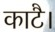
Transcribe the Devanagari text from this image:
काटै।